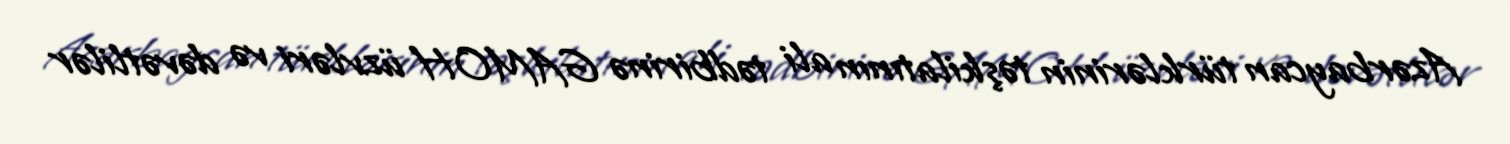
Azərbaycan türklərinin təşkilatının ali tədbirinə GAMOH üzvləri və dəvətlilər